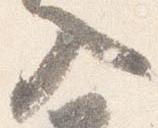
入